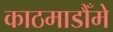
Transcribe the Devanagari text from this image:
काठमाडौँमे